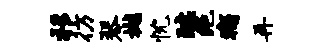
移彷琴樾忱醵绝痛再